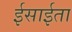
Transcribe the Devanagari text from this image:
ईसाईता